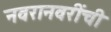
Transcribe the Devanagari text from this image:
नवरानवरींची